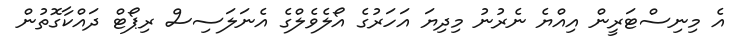
އެ މިނިސްޓަރީން އިއްޔެ ނެރުނު މިދިޔަ އަހަރުގެ އޯލެވެލްގެ އެނަލަސިސް ރިޕޯޓް ދައްކާގޮތުން